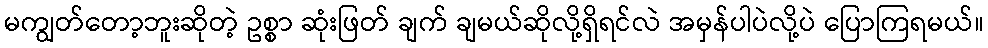
မကျွတ်တော့ဘူးဆိုတဲ့ ဥစ္စာ ဆုံးဖြတ် ချက် ချမယ်ဆိုလို့ရှိရင်လဲ အမှန်ပါပဲလို့ပဲ ပြောကြရမယ်။